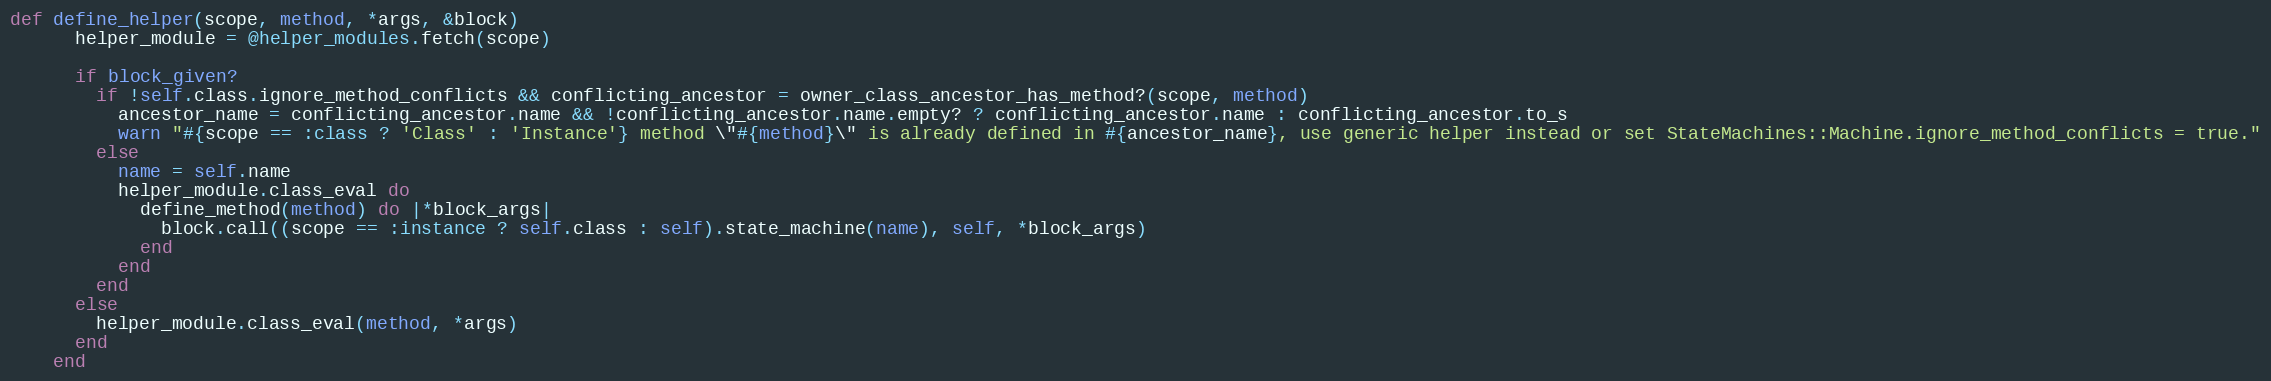
Language: Ruby
def define_helper(scope, method, *args, &block)
      helper_module = @helper_modules.fetch(scope)

      if block_given?
        if !self.class.ignore_method_conflicts && conflicting_ancestor = owner_class_ancestor_has_method?(scope, method)
          ancestor_name = conflicting_ancestor.name && !conflicting_ancestor.name.empty? ? conflicting_ancestor.name : conflicting_ancestor.to_s
          warn "#{scope == :class ? 'Class' : 'Instance'} method \"#{method}\" is already defined in #{ancestor_name}, use generic helper instead or set StateMachines::Machine.ignore_method_conflicts = true."
        else
          name = self.name
          helper_module.class_eval do
            define_method(method) do |*block_args|
              block.call((scope == :instance ? self.class : self).state_machine(name), self, *block_args)
            end
          end
        end
      else
        helper_module.class_eval(method, *args)
      end
    end